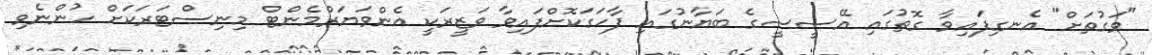
"ވަގުތަށް" އެނގިިފައިވާ ގޮތުގައި އޭސީސީގެ ބަޔާނުގައި ފާހަގަކޮށްފައިވާ ވަޒީރަކީ އެންވަޔަރްމެންޓް މިނިސްޓަރަކަށް ހުންނެވި